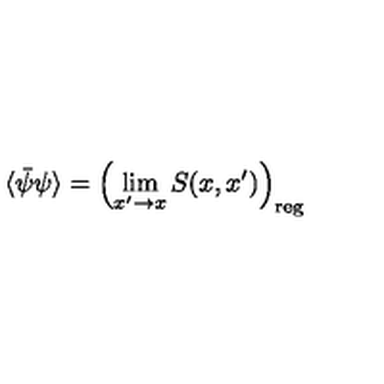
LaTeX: \langle \bar { \psi } \psi \rangle = \left( \lim _ { x ^ { \prime } \rightarrow x } S ( x , x ^ { \prime } ) \right) _ { \mathrm { r e g } }